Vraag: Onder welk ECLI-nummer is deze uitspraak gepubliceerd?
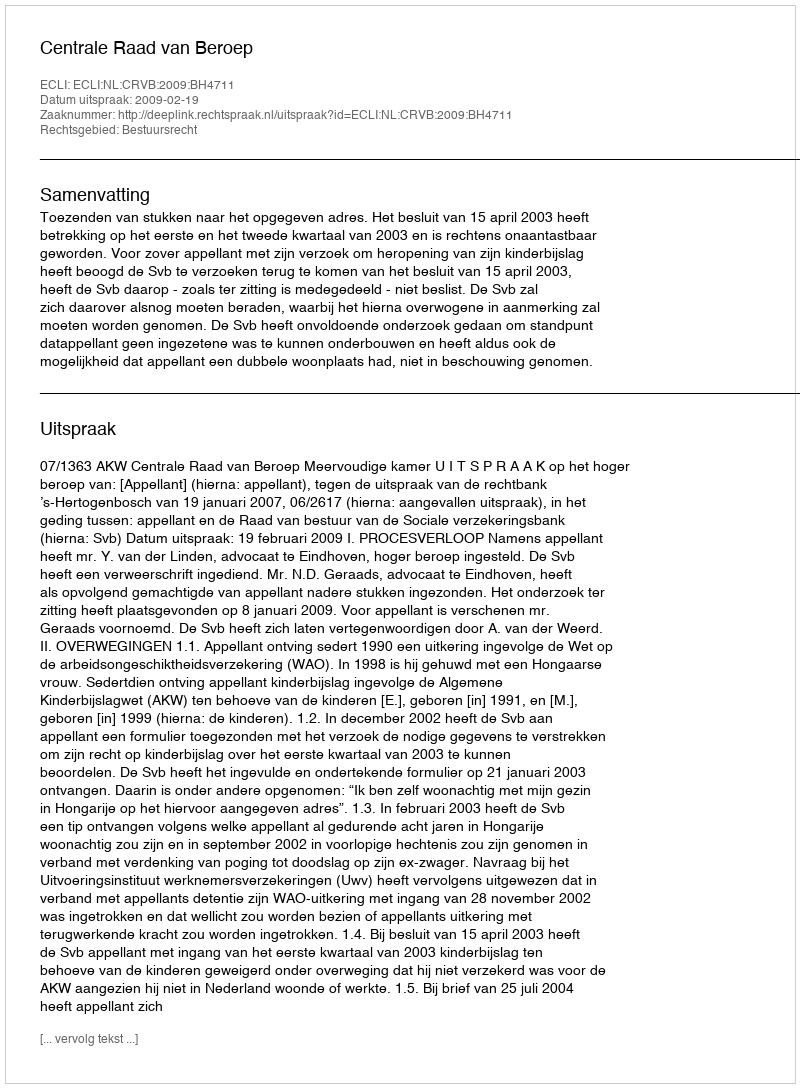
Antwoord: ECLI:NL:CRVB:2009:BH4711